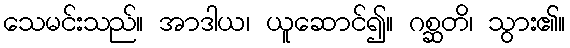
သေမင်းသည်။ အာဒါယ၊ ယူဆောင်၍။ ဂစ္ဆတိ၊ သွား၏။